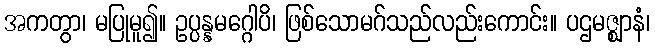
အကတွာ၊ မပြုမူ၍။ ဥပ္ပန္နမဂ္ဂေါပိ၊ ဖြစ်သောမဂ်သည်လည်းကောင်း။ ပဌမဇ္ဈာနံ၊